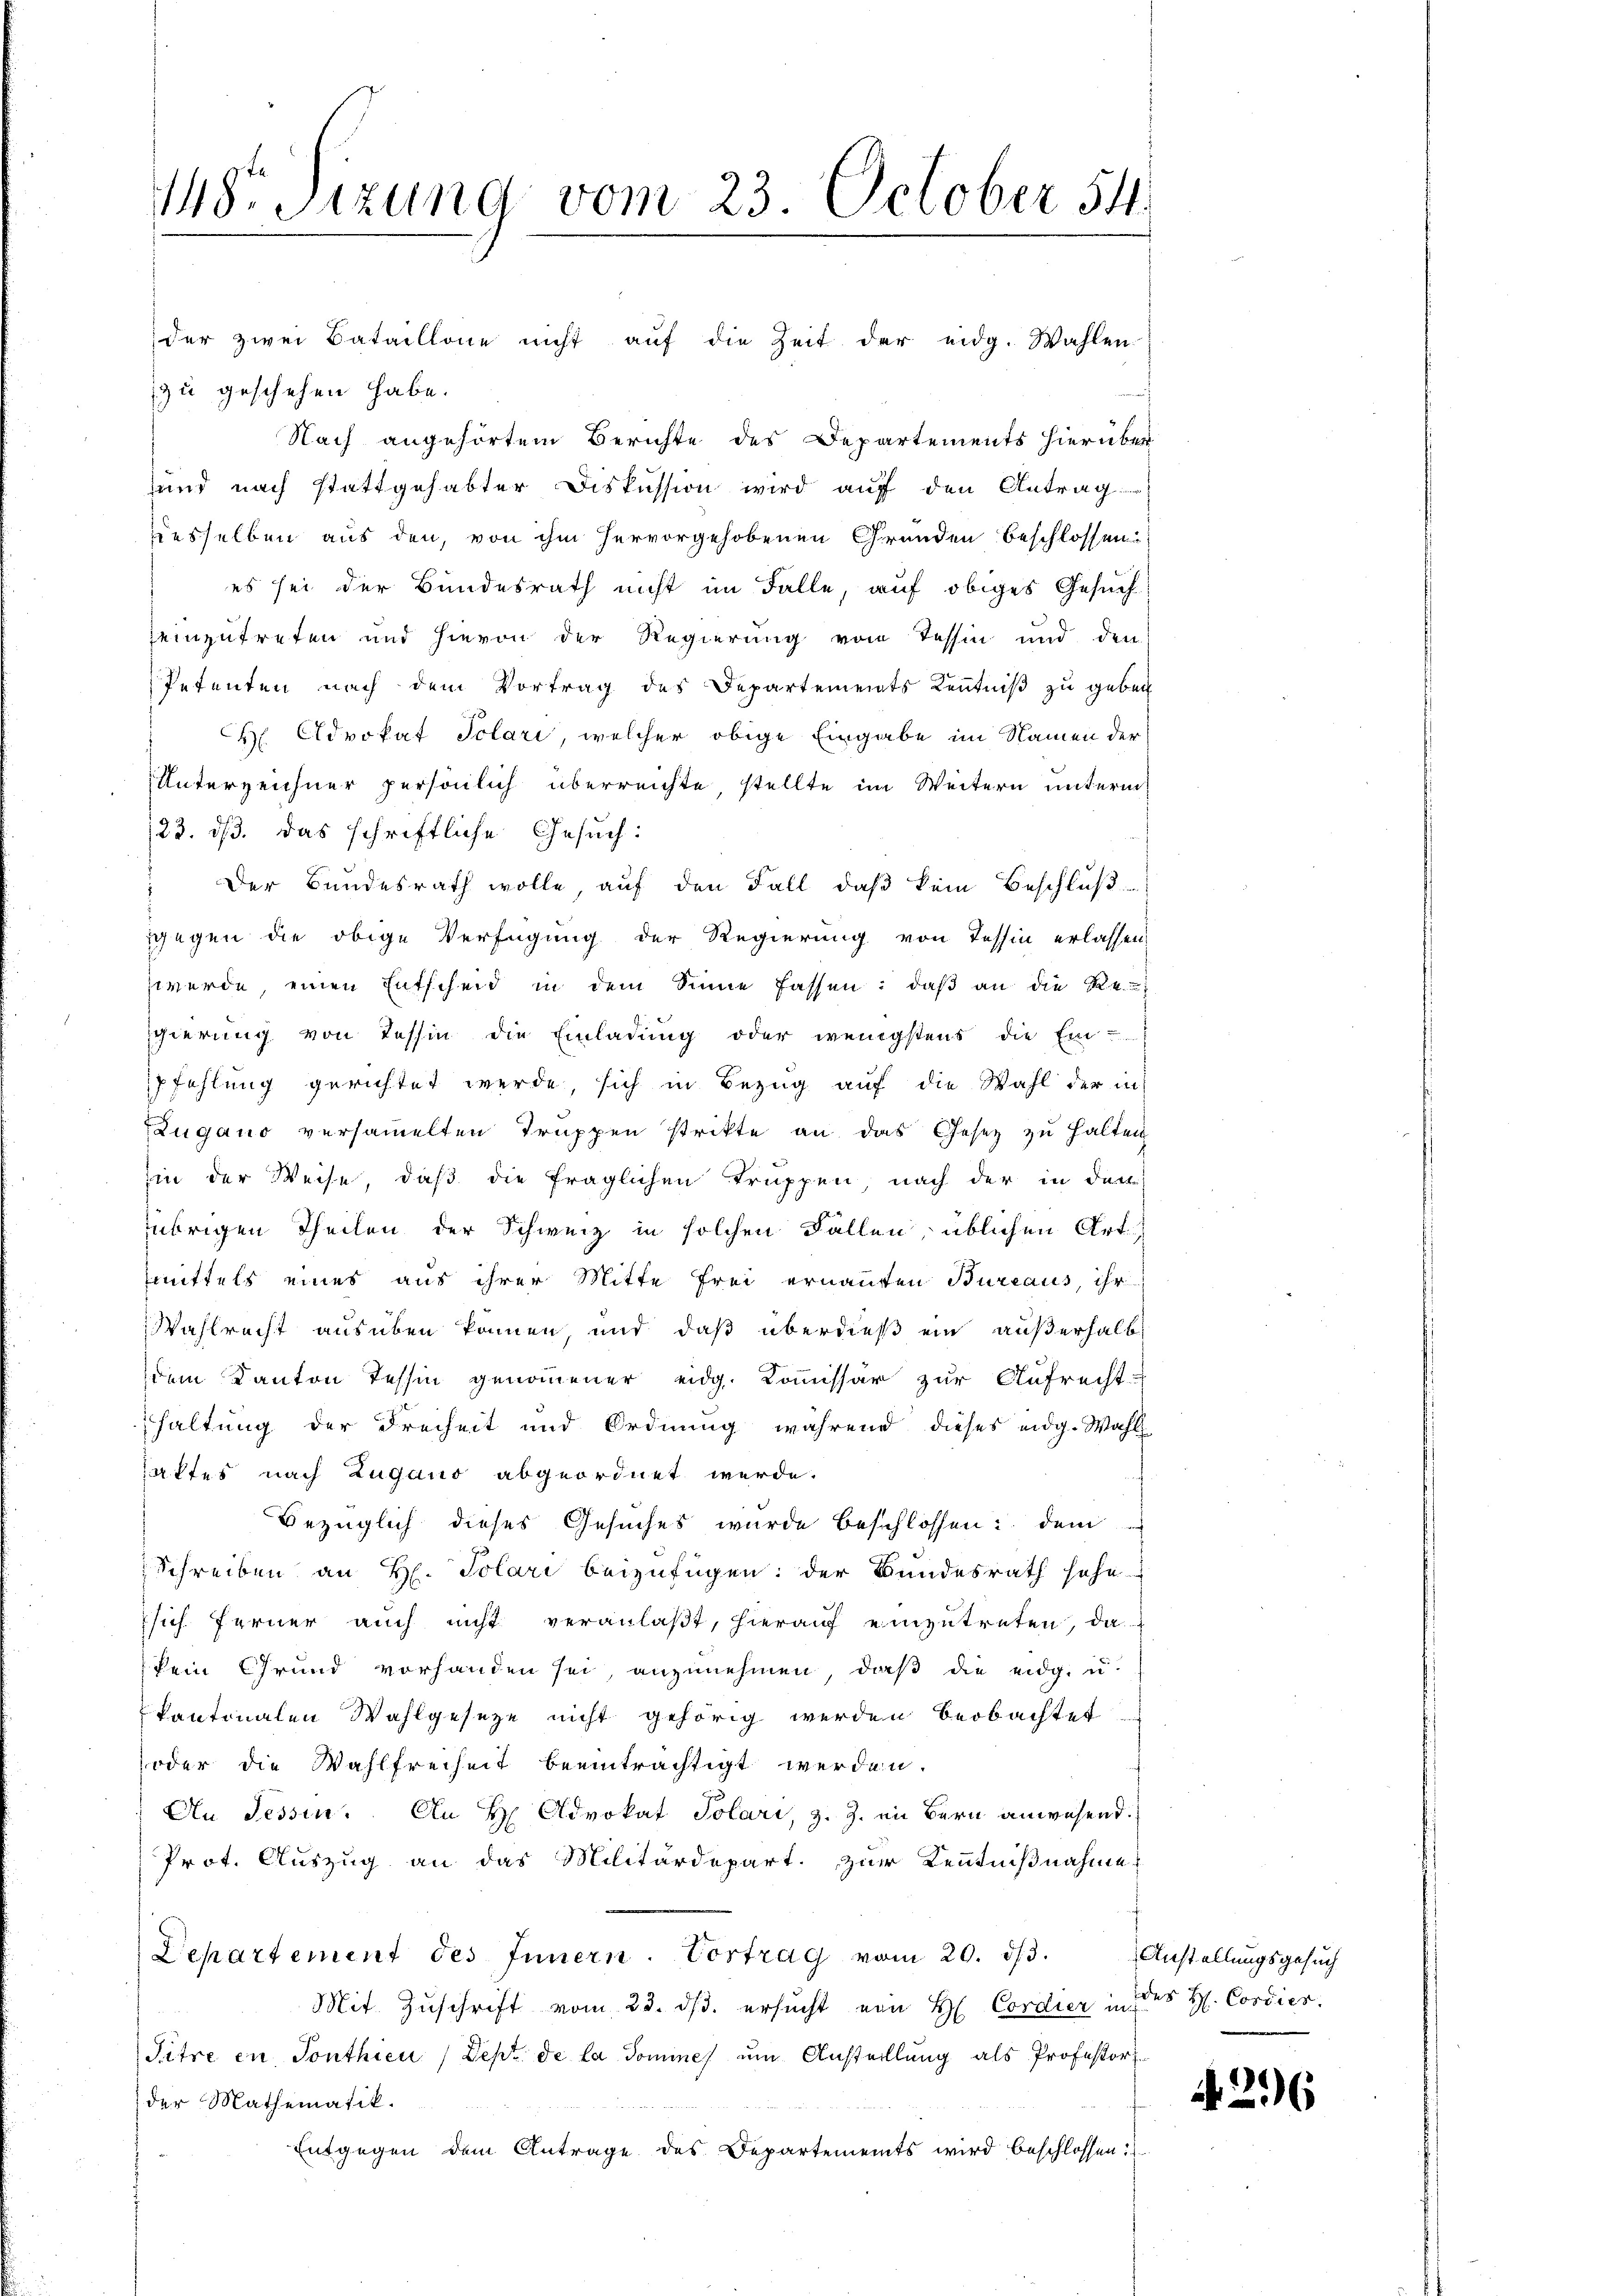
148. Sizung vom 23. October 54.

zu geschehen habe.
Nach angehörtem Berichte des Departements hierüber
und nach stattgehabter Diskussion wird aŭf den Antrag
desselben aus den, von ihm hervorgehobenen Gründen beschlossen:
es sei der Bundesrath nicht im Falle, auf obiges Gesuch
einzutreten und hievon der Regierung vom Tessin und den
Petenten nach dem Vortrag des Departements Kenntniß zu geben
H Advokat Solari, welcher obige Eingabe im Namen der
Unterzeichner persönlich überreichte, stellte im Weitern unterm
123. dß. Das schriftliche Gesuch:
Der Bundesrath wolle, auf den Fall, daß kein Beschluß
ggegen die obige Verfügung der Regierung von Tessin erlassen,
werde, einen Entscheid in dem Sinne fassen: daß an die Re-
gierung von Tessin die Einladung oder wenigstens die Ein-
pfehlung gerichtet werde, sich in Bezug auf die Wahl der in
Zugano versammelten Truppen strikte an das Gesetz zu halten
Ein der Weise, daß die fraglichen Truppen nach der in der
übrigen Theilen der Schweiz in solchen Fallen, üblichen Art
mittels eines aus ihrer Mitte frei ernannten Bureaus, ihr
Wahlrecht ausüben können, und daß überdieß ein außerhalb
dem Kanton Tessin genommener eidg. Kommissär zur Aufrecht-
haltung der Freiheit und Ordnung während dieses eidg. Wahl
haftes nach Zugano abgeordnet werde.
Bezüglich dieses Gesuches wurde beschlossen: dem
Schreiben an H. Polari beizufügen: der Bundesrath sehe
sich ferner auch nicht veranlaßt, hierauf einzutreten, da
kein Grund vorhanden sei, anzunehmen, daß die eidg. u.
kantonalen Wahlgeseze nicht gehörig werden beobachtet
oder die Wahlfreiheit beeinträchtigt werden.
An Tessin. An H Advokat Solari, z. Z. in Bern anwesend.
Prot. Auszug an das Militärdepart zur Kenntnißnahme
Departement des Innern. Vortrag vom 20. ds. Anstellungsgesuch
Mit Zuschrift vom 23. dβ. ersucht von H. Cordier in des H. Cordies
Sitre en Sonthien (Dept. de la domines um Anstellung als Professor
der Mathematik.
Entgegen dem Antrage des Departements wird beschlossen:

der zwei Bataillone nicht aŭf die Zeit der eidg. Wahlen

f

e
1